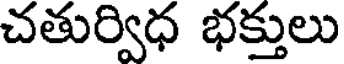
చతుర్విధ భక్తులు